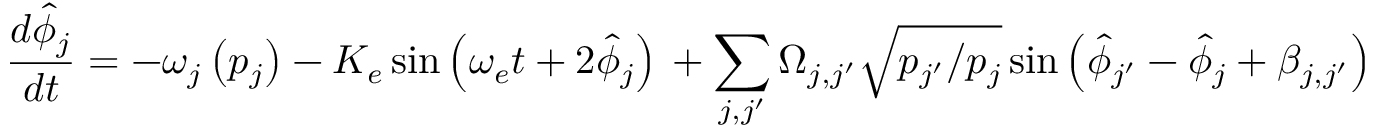
\frac { d \hat { \phi } _ { j } } { d t } = - \omega _ { j } \left( p _ { j } \right) - K _ { e } \sin \left( \omega _ { e } t + 2 \hat { \phi } _ { j } \right) \, + \sum _ { j , j ^ { \prime } } \Omega _ { j , j ^ { \prime } } \sqrt { p _ { j ^ { \prime } } / p _ { j } } \sin \left( \hat { \phi } _ { j ^ { \prime } } - \hat { \phi } _ { j } + \beta _ { j , j ^ { \prime } } \right)